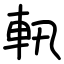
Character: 軐